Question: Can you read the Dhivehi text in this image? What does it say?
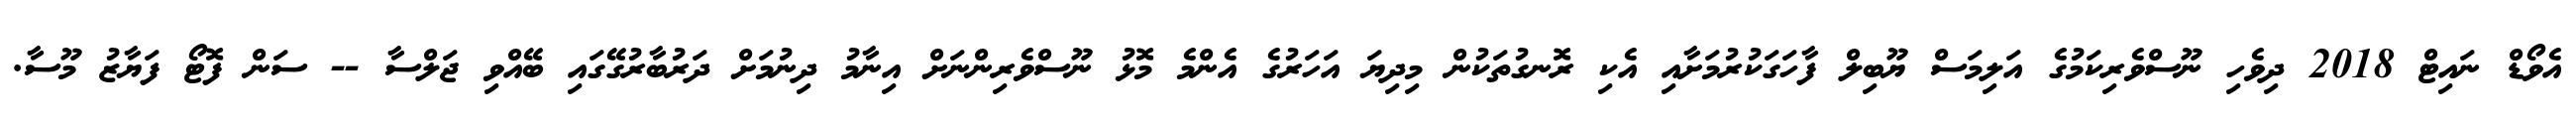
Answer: އެވޯޑް ނައިޓް 2018 ދިވެހި ނޫސްވެރިކަމުގެ އަލިމަސް ޔޫބިލް ފާހަގަކުރުމަށާއި އެކި ރޮނގުތަކުން މިދިޔަ އަހަރުގެ އެންމެ މޮޅު ނޫސްވެރިންނަށް އިނާމު ދިނުމަށް ދަރުބާރުގޭގައި ބޭއްވި ޖަލްސާ -- ސަން ފޮޓޯ ފަޔާޒު މޫސާ.